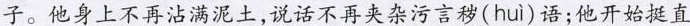
子。他身上不再沾满泥土，说话不再夹杂污言秽( hui )语；他开始挺直